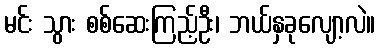
မင်း သွား စစ်ဆေးကြည့်ဦး၊ ဘယ်နှခုလျော့လဲ။